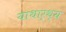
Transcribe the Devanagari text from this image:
याथार्थ्य